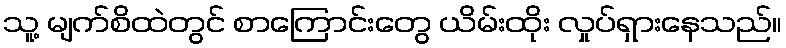
သူ့ မျက်စိထဲတွင် စာကြောင်းတွေ ယိမ်းထိုး လှုပ်ရှားနေသည်။